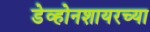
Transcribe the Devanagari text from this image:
डेव्होनशायरच्या